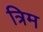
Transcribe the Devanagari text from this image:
त्रिम